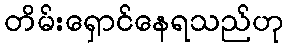
တိမ်းရှောင်နေရသည်ဟု